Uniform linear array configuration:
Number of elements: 4
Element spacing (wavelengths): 1
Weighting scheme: cosine
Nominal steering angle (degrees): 15
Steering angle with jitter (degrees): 15.401
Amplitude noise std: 0.05
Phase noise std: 0.05

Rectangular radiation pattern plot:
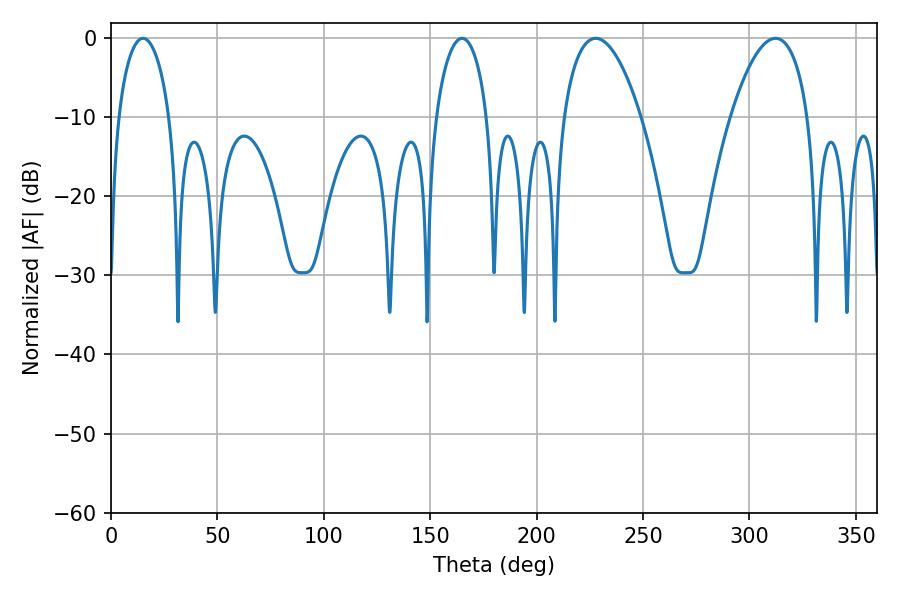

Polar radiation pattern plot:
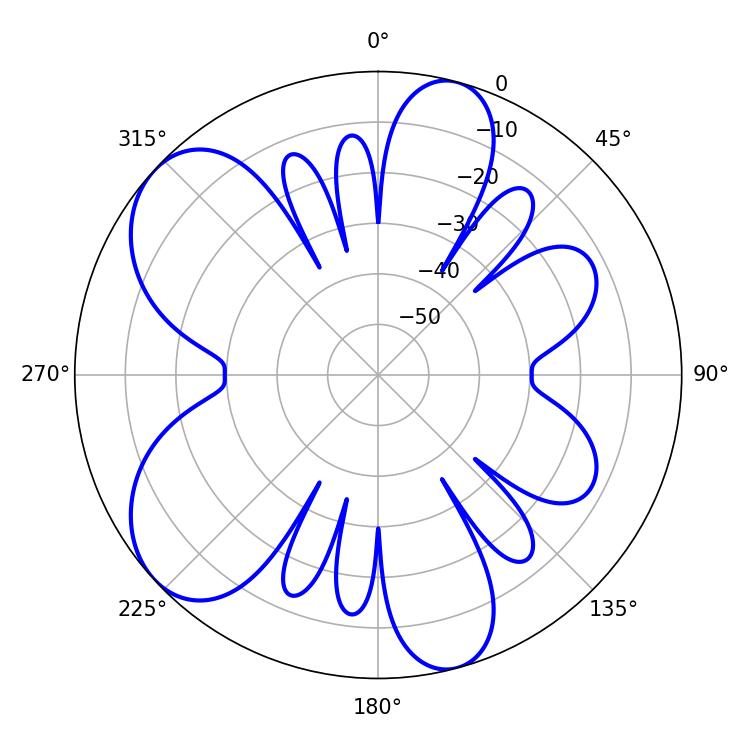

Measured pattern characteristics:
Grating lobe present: TRUE
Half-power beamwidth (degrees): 20.16
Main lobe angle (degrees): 227.7